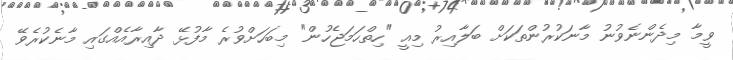
ވީމާ މިދެންނެވުނު މާނަކުރުންތަކަށް ބަލާއިރު މިއީ "ހިތްހަމަޖެހުން" މިބަހަށްވުރެ މާފުޅޭ ދާއިރާއެއްގައި މާނެކުރެވޭ